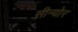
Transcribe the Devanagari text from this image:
सीन्योर